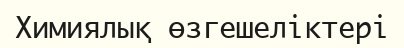
Химиялық өзгешеліктері